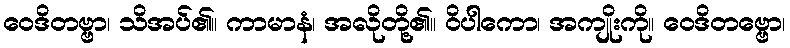
ဝေဒိတဗ္ဗာ၊ သိအပ်၏။ ကာမာနံ၊ အလိုတို့၏။ ဝိပါကော၊ အကျိုးကို။ ဝေဒိတဗ္ဗော၊